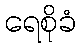
ရေစိုခံ